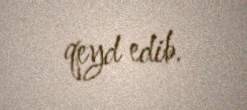
qeyd edib.